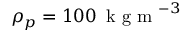
\rho _ { p } = 1 0 0 \, \mathrm { ~ k ~ g ~ m ~ } ^ { - 3 }